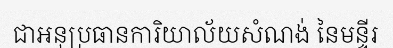
ជាអនុប្រធានការិយាល័យសំណង់ នៃមន្ទីរ